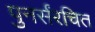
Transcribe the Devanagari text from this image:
पुनर्संरचित